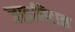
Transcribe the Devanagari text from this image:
जाइलिटाल